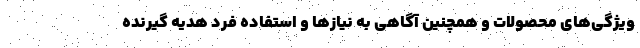
ویژگی‌های محصولات و همچنین آگاهی به نیازها و استفاده فرد هدیه گیرنده